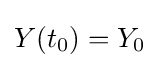
Y(t_{0})=Y_{0}